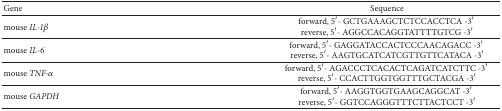
<table><thead><tr><td><b>Gene</b></td><td><b>Sequence</b></td></tr></thead><tbody><tr><td>mouse <i>IL-1β</i></td><td>forward, 5′- GCTGAAAGCTCTCCACCTCA -3′reverse, 5′- AGGCCACAGGTATTTTGTCG -3′</td></tr><tr><td>mouse <i>IL-6</i></td><td>forward, 5′- GAGGATACCACTCCCAACAGACC -3′reverse, 5′- AAGTGCATCATCGTTGTTCATACA -3′</td></tr><tr><td>mouse <i>TNF-α</i></td><td>forward, 5′- AGACCCTCACACTCAGATCATCTTC -3′reverse, 5′- CCACTTGGTGGTTTGCTACGA -3′</td></tr><tr><td>mouse <i>GAPDH</i></td><td>forward, 5′- AAGGTGGTGAAGCAGGCAT -3′reverse, 5′- GGTCCAGGGTTTCTTACTCCT -3′</td></tr></tbody></table>